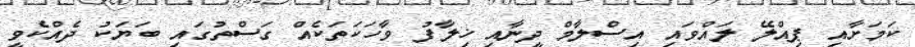
ކަމަށާއި ޕިއްލޭ ލައްވައި އިސްލާމް ދީނާއި ޚިލާފު ވާހަކަތަކެއް ގަސްތުގައި ބަޔަކު ދެއްކެވީ